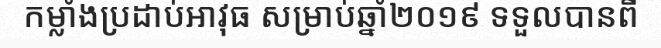
កម្លាំងប្រដាប់អាវុធ សម្រាប់ឆ្នាំ២០១៩ ទទួលបានពី